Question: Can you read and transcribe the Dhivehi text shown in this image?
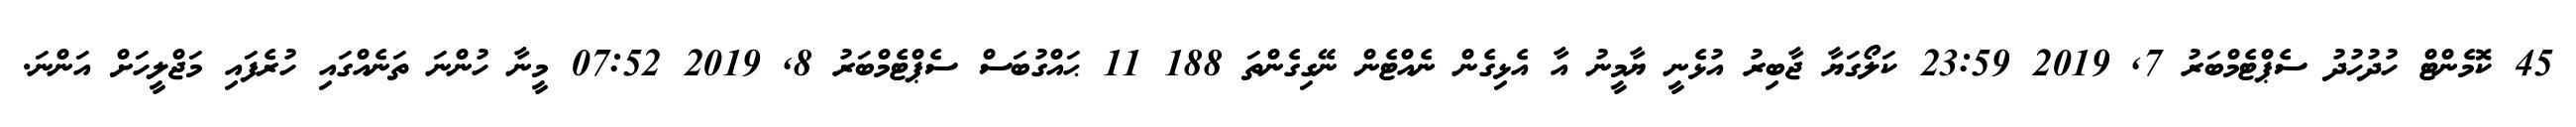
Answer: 45 ކޮމެންޓް ހުދުހުދު ސެޕްޓެމްބަރު 7, 2019 23:59 ކަލޯގަޔާ ޖާބިރު އުޅެނީ ޔާމީނު އާ އެޅިގެން ނެއްޓެން ނޭގިގެންތަ 188 11 ޙައްގުބަސް ސެޕްޓެމްބަރު 8, 2019 07:52 މީނާ ހުންނަ ތަނެއްގައި ހުރެފައި މަޖްލީހަށް އަންނަ.